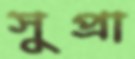
সুপ্রা